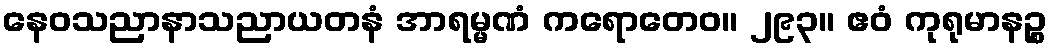
နေဝသညာနာသညာယတနံ အာရမ္မဏံ ကရောတေဝ။ ၂၉၃။ ဧဝံ ကုရုမာနဉ္စ